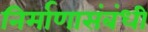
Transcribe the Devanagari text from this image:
निर्माणासंबंधी